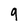
Character: 9